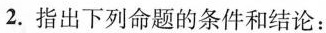
2.指出下列命题的条件和结论：